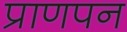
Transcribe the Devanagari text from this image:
प्राणपन